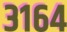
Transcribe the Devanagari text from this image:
३१६४